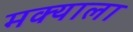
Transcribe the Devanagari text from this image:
मक्याला